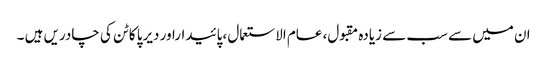
ان میں سے سب سے زیادہ مقبول، عام الاستعمال ،پائیداراور دیرپا کاٹن کی چادریں ہیں ۔